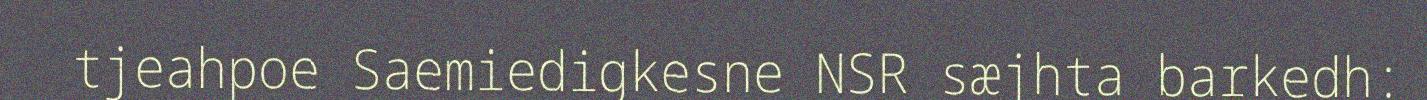
tjeahpoe Saemiedigkesne NSR sæjhta barkedh: